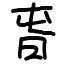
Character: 旾